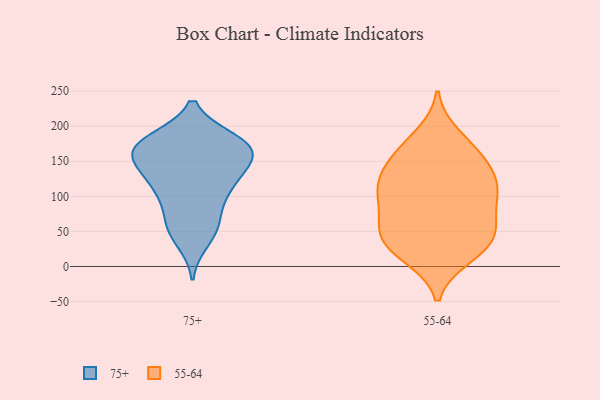
{"axis": {"x": "Temperature (°C)", "y": "Value"}, "legend": ["55-64", "75+"], "data": [{"x": "", "y": 58, "type": "75+"}, {"x": "", "y": 146, "type": "75+"}, {"x": "", "y": 177, "type": "75+"}, {"x": "", "y": 55, "type": "75+"}, {"x": "", "y": 110, "type": "75+"}, {"x": "", "y": 37, "type": "75+"}, {"x": "", "y": 180, "type": "75+"}, {"x": "", "y": 112, "type": "75+"}, {"x": "", "y": 180, "type": "75+"}, {"x": "", "y": 101, "type": "75+"}, {"x": "", "y": 166, "type": "75+"}, {"x": "", "y": 160, "type": "75+"}, {"x": "", "y": 142, "type": "75+"}, {"x": "", "y": 168, "type": "75+"}, {"x": "", "y": 141, "type": "75+"}, {"x": "", "y": 65, "type": "75+"}, {"x": "", "y": 163, "type": "75+"}, {"x": "", "y": 176, "type": "75+"}, {"x": "", "y": 114, "type": "75+"}, {"x": "", "y": 168, "type": "55-64"}, {"x": "", "y": 167, "type": "55-64"}, {"x": "", "y": 14, "type": "55-64"}, {"x": "", "y": 16, "type": "55-64"}, {"x": "", "y": 187, "type": "55-64"}, {"x": "", "y": 49, "type": "55-64"}, {"x": "", "y": 107, "type": "55-64"}, {"x": "", "y": 140, "type": "55-64"}, {"x": "", "y": 127, "type": "55-64"}, {"x": "", "y": 103, "type": "55-64"}, {"x": "", "y": 46, "type": "55-64"}, {"x": "", "y": 123, "type": "55-64"}, {"x": "", "y": 148, "type": "55-64"}, {"x": "", "y": 39, "type": "55-64"}, {"x": "", "y": 80, "type": "55-64"}, {"x": "", "y": 65, "type": "55-64"}, {"x": "", "y": 27, "type": "55-64"}, {"x": "", "y": 47, "type": "55-64"}, {"x": "", "y": 94, "type": "55-64"}, {"x": "", "y": 111, "type": "55-64"}]}